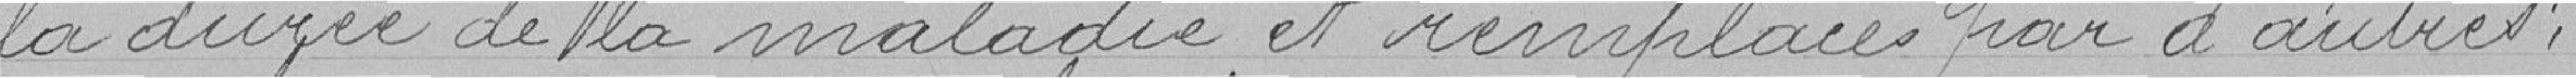
la durée de la maladie et remplacées par d'autres.